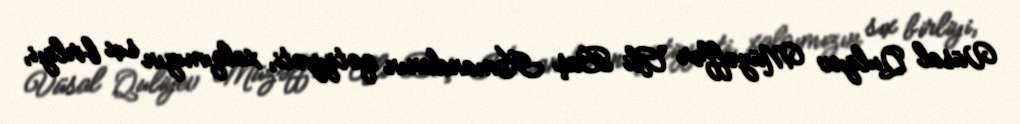
Vüsal Quliyev Müzəffər Ali Baş Komandanın qətiyyəti, xalqımızın sıx birliyi,